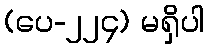
(ပေ-၂၂၄) မရှိပါ